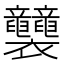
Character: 𧟛